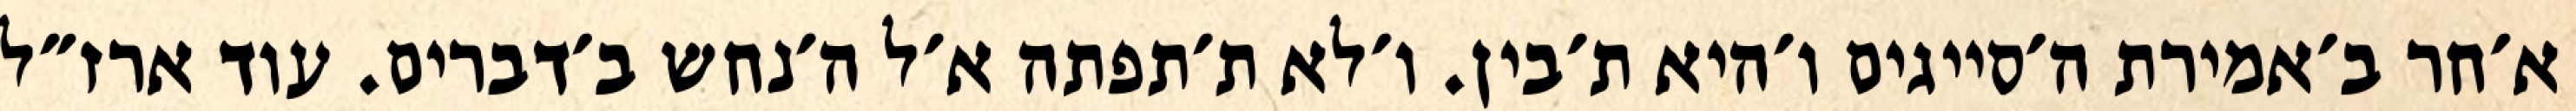
א׳חר ב׳אמירת ה׳סייגים ו׳היא ת׳בין. ו׳לא ת׳תפתה א׳ל ה׳נחש ב׳דברים. עוד ארז״ל